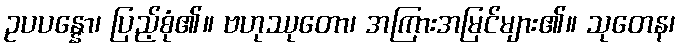
ဥပပန္နော၊ ပြည့်စုံ၏။ ဗဟုဿုတော၊ အကြားအမြင်များ၏။ သုတေန၊